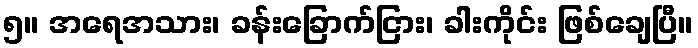
၅။ အရေအသား၊ ခန်းခြောက်ငြား၊ ခါးကိုင်း ဖြစ်ချေပြီ။